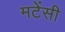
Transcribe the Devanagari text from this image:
मटेंसी